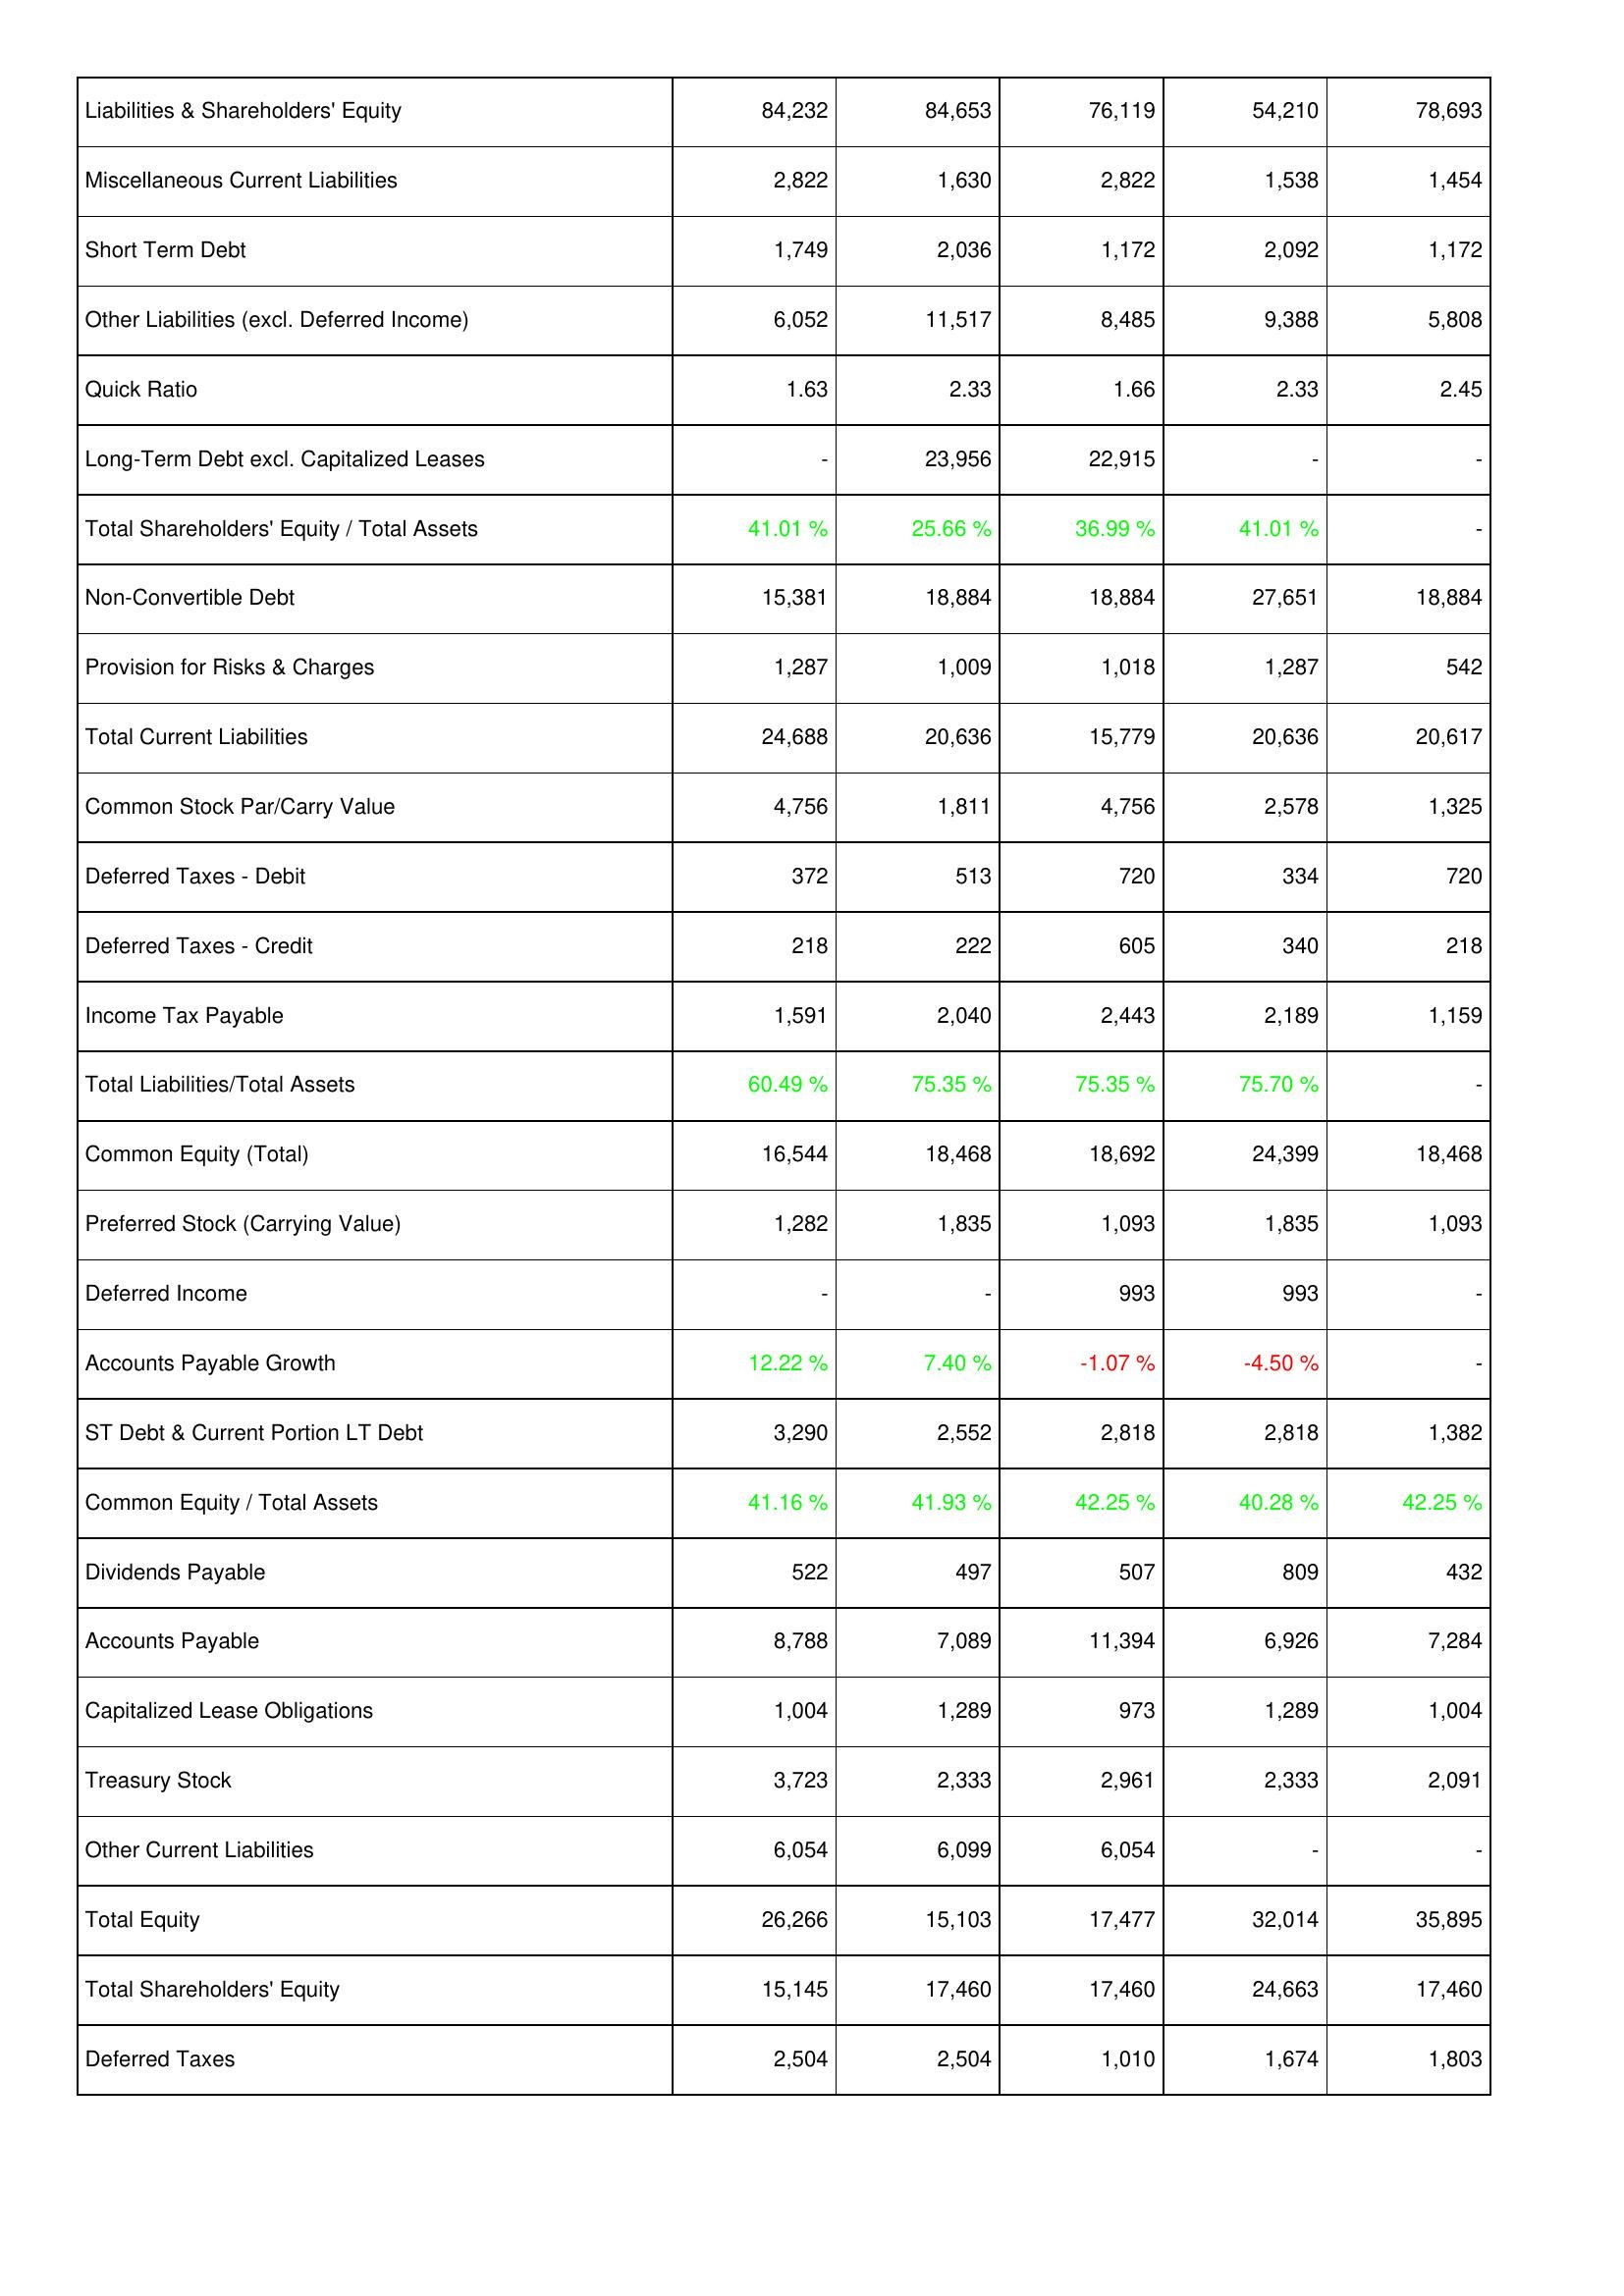
2017: Liabilities & Shareholders' Equity: Liabilities & Shareholders' Equity: 84,232
Miscellaneous Current Liabilities: 2,822
Short Term Debt: 1,749
Other Liabilities (excl. Deferred Income): 6,052
Quick Ratio: 1.63
Long-Term Debt excl. Capitalized Leases: -
Total Shareholders' Equity / Total Assets: 41.01 %
Non-Convertible Debt: 15,381
Provision for Risks & Charges: 1,287
Total Current Liabilities: 24,688
Common Stock Par/Carry Value: 4,756
Deferred Taxes - Debit: 372
Deferred Taxes - Credit: 218
Income Tax Payable: 1,591
Total Liabilities/Total Assets: 60.49 %
Common Equity (Total): 16,544
Preferred Stock (Carrying Value): 1,282
Deferred Income: -
Accounts Payable Growth: 12.22 %
ST Debt & Current Portion LT Debt: 3,290
Common Equity / Total Assets: 41.16 %
Dividends Payable: 522
Accounts Payable: 8,788
Capitalized Lease Obligations: 1,004
Treasury Stock: 3,723
Other Current Liabilities: 6,054
Total Equity: 26,266
Total Shareholders' Equity: 15,145
Deferred Taxes: 2,504
2018: Liabilities & Shareholders' Equity: Liabilities & Shareholders' Equity: 84,653
Miscellaneous Current Liabilities: 1,630
Short Term Debt: 2,036
Other Liabilities (excl. Deferred Income): 11,517
Quick Ratio: 2.33
Long-Term Debt excl. Capitalized Leases: 23,956
Total Shareholders' Equity / Total Assets: 25.66 %
Non-Convertible Debt: 18,884
Provision for Risks & Charges: 1,009
Total Current Liabilities: 20,636
Common Stock Par/Carry Value: 1,811
Deferred Taxes - Debit: 513
Deferred Taxes - Credit: 222
Income Tax Payable: 2,040
Total Liabilities/Total Assets: 75.35 %
Common Equity (Total): 18,468
Preferred Stock (Carrying Value): 1,835
Deferred Income: -
Accounts Payable Growth: 7.40 %
ST Debt & Current Portion LT Debt: 2,552
Common Equity / Total Assets: 41.93 %
Dividends Payable: 497
Accounts Payable: 7,089
Capitalized Lease Obligations: 1,289
Treasury Stock: 2,333
Other Current Liabilities: 6,099
Total Equity: 15,103
Total Shareholders' Equity: 17,460
Deferred Taxes: 2,504
2019: Liabilities & Shareholders' Equity: Liabilities & Shareholders' Equity: 76,119
Miscellaneous Current Liabilities: 2,822
Short Term Debt: 1,172
Other Liabilities (excl. Deferred Income): 8,485
Quick Ratio: 1.66
Long-Term Debt excl. Capitalized Leases: 22,915
Total Shareholders' Equity / Total Assets: 36.99 %
Non-Convertible Debt: 18,884
Provision for Risks & Charges: 1,018
Total Current Liabilities: 15,779
Common Stock Par/Carry Value: 4,756
Deferred Taxes - Debit: 720
Deferred Taxes - Credit: 605
Income Tax Payable: 2,443
Total Liabilities/Total Assets: 75.35 %
Common Equity (Total): 18,692
Preferred Stock (Carrying Value): 1,093
Deferred Income: 993
Accounts Payable Growth: -1.07 %
ST Debt & Current Portion LT Debt: 2,818
Common Equity / Total Assets: 42.25 %
Dividends Payable: 507
Accounts Payable: 11,394
Capitalized Lease Obligations: 973
Treasury Stock: 2,961
Other Current Liabilities: 6,054
Total Equity: 17,477
Total Shareholders' Equity: 17,460
Deferred Taxes: 1,010
2020: Liabilities & Shareholders' Equity: Liabilities & Shareholders' Equity: 54,210
Miscellaneous Current Liabilities: 1,538
Short Term Debt: 2,092
Other Liabilities (excl. Deferred Income): 9,388
Quick Ratio: 2.33
Long-Term Debt excl. Capitalized Leases: -
Total Shareholders' Equity / Total Assets: 41.01 %
Non-Convertible Debt: 27,651
Provision for Risks & Charges: 1,287
Total Current Liabilities: 20,636
Common Stock Par/Carry Value: 2,578
Deferred Taxes - Debit: 334
Deferred Taxes - Credit: 340
Income Tax Payable: 2,189
Total Liabilities/Total Assets: 75.70 %
Common Equity (Total): 24,399
Preferred Stock (Carrying Value): 1,835
Deferred Income: 993
Accounts Payable Growth: -4.50 %
ST Debt & Current Portion LT Debt: 2,818
Common Equity / Total Assets: 40.28 %
Dividends Payable: 809
Accounts Payable: 6,926
Capitalized Lease Obligations: 1,289
Treasury Stock: 2,333
Other Current Liabilities: -
Total Equity: 32,014
Total Shareholders' Equity: 24,663
Deferred Taxes: 1,674
2021: Liabilities & Shareholders' Equity: Liabilities & Shareholders' Equity: 78,693
Miscellaneous Current Liabilities: 1,454
Short Term Debt: 1,172
Other Liabilities (excl. Deferred Income): 5,808
Quick Ratio: 2.45
Long-Term Debt excl. Capitalized Leases: -
Total Shareholders' Equity / Total Assets: -
Non-Convertible Debt: 18,884
Provision for Risks & Charges: 542
Total Current Liabilities: 20,617
Common Stock Par/Carry Value: 1,325
Deferred Taxes - Debit: 720
Deferred Taxes - Credit: 218
Income Tax Payable: 1,159
Total Liabilities/Total Assets: -
Common Equity (Total): 18,468
Preferred Stock (Carrying Value): 1,093
Deferred Income: -
Accounts Payable Growth: -
ST Debt & Current Portion LT Debt: 1,382
Common Equity / Total Assets: 42.25 %
Dividends Payable: 432
Accounts Payable: 7,284
Capitalized Lease Obligations: 1,004
Treasury Stock: 2,091
Other Current Liabilities: -
Total Equity: 35,895
Total Shareholders' Equity: 17,460
Deferred Taxes: 1,803